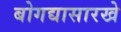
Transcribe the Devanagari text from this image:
बोगद्यासारखे